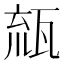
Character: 𤭕